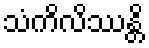
သံကိလိဿန္တိ